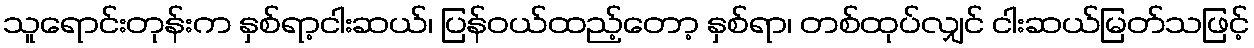
သူရောင်းတုန်းက နှစ်ရာ့ငါးဆယ်၊ ပြန်ဝယ်ထည့်တော့ နှစ်ရာ၊ တစ်ထုပ်လျှင် ငါးဆယ်မြတ်သဖြင့်